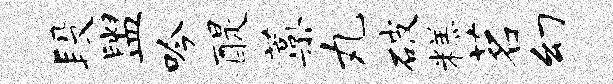
段盥吟醍蒿丸破糕茗幻